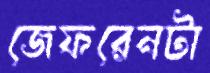
জেফরেনটা